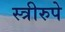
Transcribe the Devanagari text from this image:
स्त्रीरुपे